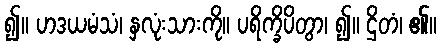
၍။ ဟဒယမံသံ၊ နှလုံးသားကို။ ပရိက္ခိပိတွာ၊ ၍။ ဌိတံ၊ ၏။